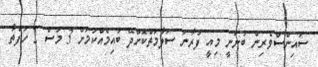
ސައިންސްވެރިން ބުނަނީ މިއީ ފުރާނަ ސަލާމަތްކޮށްދޭ ބުއިމެއްކަމަށް 3 މަސް 2 ހަފްތާ